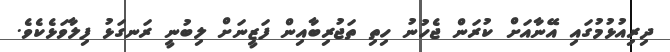
ދިރިއުޅުމުގައި އޭނާއަށް ކުރަން ޖެހުނު ހިތި ތަޖުރިބާއިން ފަޒީނަށް ލިބުނީ ރަނގަޅު ފިލާވަޅެކެވެ.